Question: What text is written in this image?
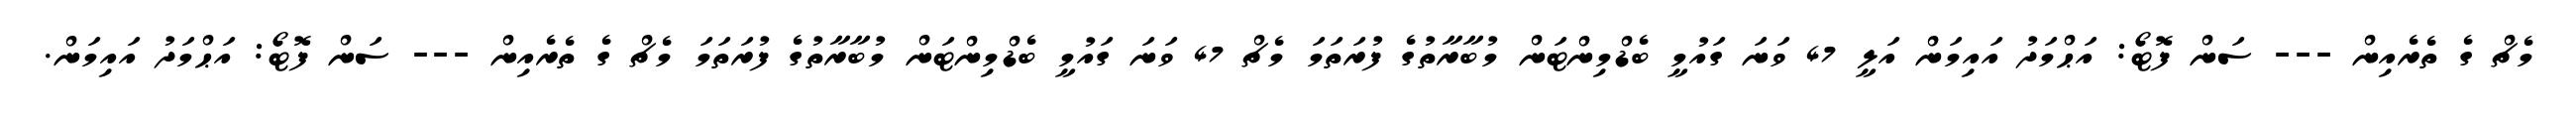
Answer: މެޗް ގެ ތެރެއިން --- ސަން ފޮޓޯ: އަޙްމަދު އައިމަން އަލީ 47 ވަނަ ގައުމީ ބެޑްމިންޓަން މުބާރާތުގެ ފުރަތަމަ މެޗް 47 ވަނަ ގައުމީ ބެޑްމިންޓަން މުބާރާތުގެ ފުރަތަމަ މެޗް ގެ ތެރެއިން --- ސަން ފޮޓޯ: އަޙްމަދު އައިމަން.